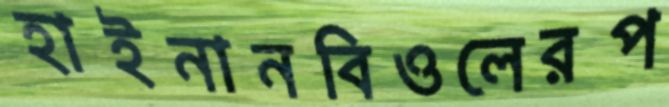
হাইনানবিওলেরপ